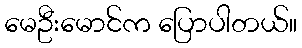
မေဦးမောင်က ပြောပါတယ်။